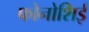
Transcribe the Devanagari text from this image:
फोनोशिई